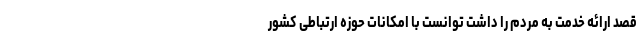
قصد ارائه خدمت به مردم را داشت توانست با امکانات حوزه ارتباطی کشور